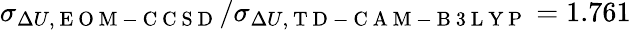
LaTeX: \sigma_{\Delta U,\mathrm{~E~O~M~-~C~C~S~D~}}/\sigma_{\Delta U,\mathrm{~T~D~-~C~A~M~-~B~3~L~Y~P~}}=1.761